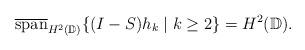
LaTeX: \begin{align*}\overline{\mathrm{span}}_{H^2(\mathbb{D})}\{(I-S)h_k \mid k \geq 2\} = H^2(\mathbb{D}).\end{align*}